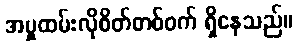
အမှုထမ်းလိုစိတ်တစ်ဝက် ရှိနေသည်။